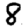
Digit: 8